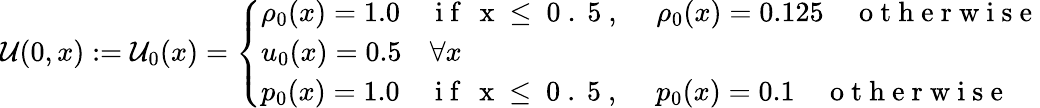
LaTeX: \mathcal{U}(0,x):=\mathcal{U}_{0}(x)=\left\{ \begin{array}{ll}{\rho_{0}(x)=1.0\quad\mathrm{~i~f~\, ~x~\leq~0~.~5~,~}\quad\rho_{0}(x)=0.125\quad\mathrm{~o~t~h~e~r~w~i~s~e~}}\\ {u_{0}(x)=0.5\quad\forall x}\\ {p_{0}(x)=1.0\quad\mathrm{~i~f~\, ~x~\leq~0~.~5~,~}\quad p_{0}(x)=0.1\quad\mathrm{~o~t~h~e~r~w~i~s~e~}}\end{array}\right.